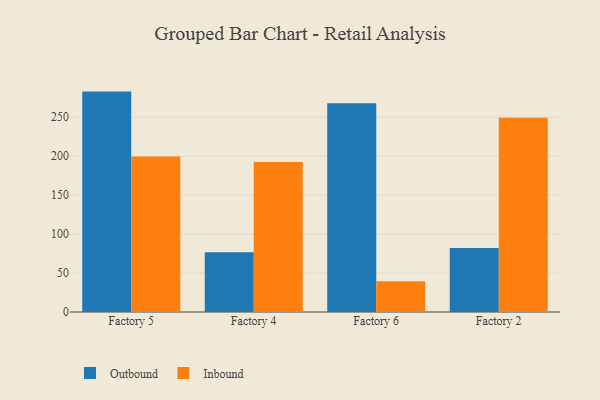
{"axis": {"x": "Factory", "y": "Website Visitors"}, "legend": ["Inbound", "Outbound"], "data": [{"x": "Factory 5", "y": 282.9, "type": "Outbound"}, {"x": "Factory 5", "y": 199.6, "type": "Inbound"}, {"x": "Factory 4", "y": 76.6, "type": "Outbound"}, {"x": "Factory 4", "y": 192.5, "type": "Inbound"}, {"x": "Factory 6", "y": 267.9, "type": "Outbound"}, {"x": "Factory 6", "y": 39.6, "type": "Inbound"}, {"x": "Factory 2", "y": 82.1, "type": "Outbound"}, {"x": "Factory 2", "y": 249.2, "type": "Inbound"}]}